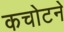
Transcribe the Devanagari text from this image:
कचोटने